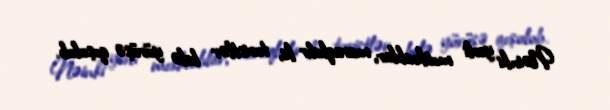
Nəinki yerli moskvalılar, maraqlıdır ki, turistlər belə yürüşə qoşulub.